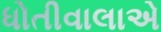
ધોતીવાલાએ